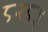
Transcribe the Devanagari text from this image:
८२८५